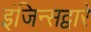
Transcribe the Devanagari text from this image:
इंजिन्सद्वारे